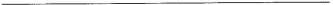
___